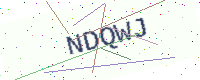
Text: NDQWJ